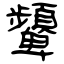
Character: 顰